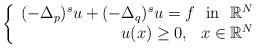
LaTeX: \begin{align*}\left\{\begin{array}{rcll}(- \Delta_{p})^{s}u + (- \Delta_{q})^{s}u =f \,\,\,\, \mbox{in} \,\,\,\, \mathbb{R}^{N} \\ u(x) \geq 0 , \,\,\,\, x \in \mathbb{R}^{N} \end{array} \right.\end{align*}